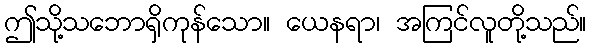
ဤသို့သဘောရှိကုန်သော။ ယေနရာ၊ အကြင်လူတို့သည်။